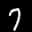
Label: 7